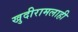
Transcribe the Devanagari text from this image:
खुदीरामलाही